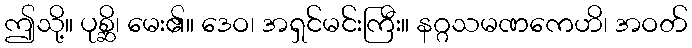
ဤသို့။ ပုစ္ဆိ၊ မေး၏။ ဒေဝ၊ အရှင်မင်းကြီး။ နဂ္ဂသမဏကေဟိ၊ အဝတ်